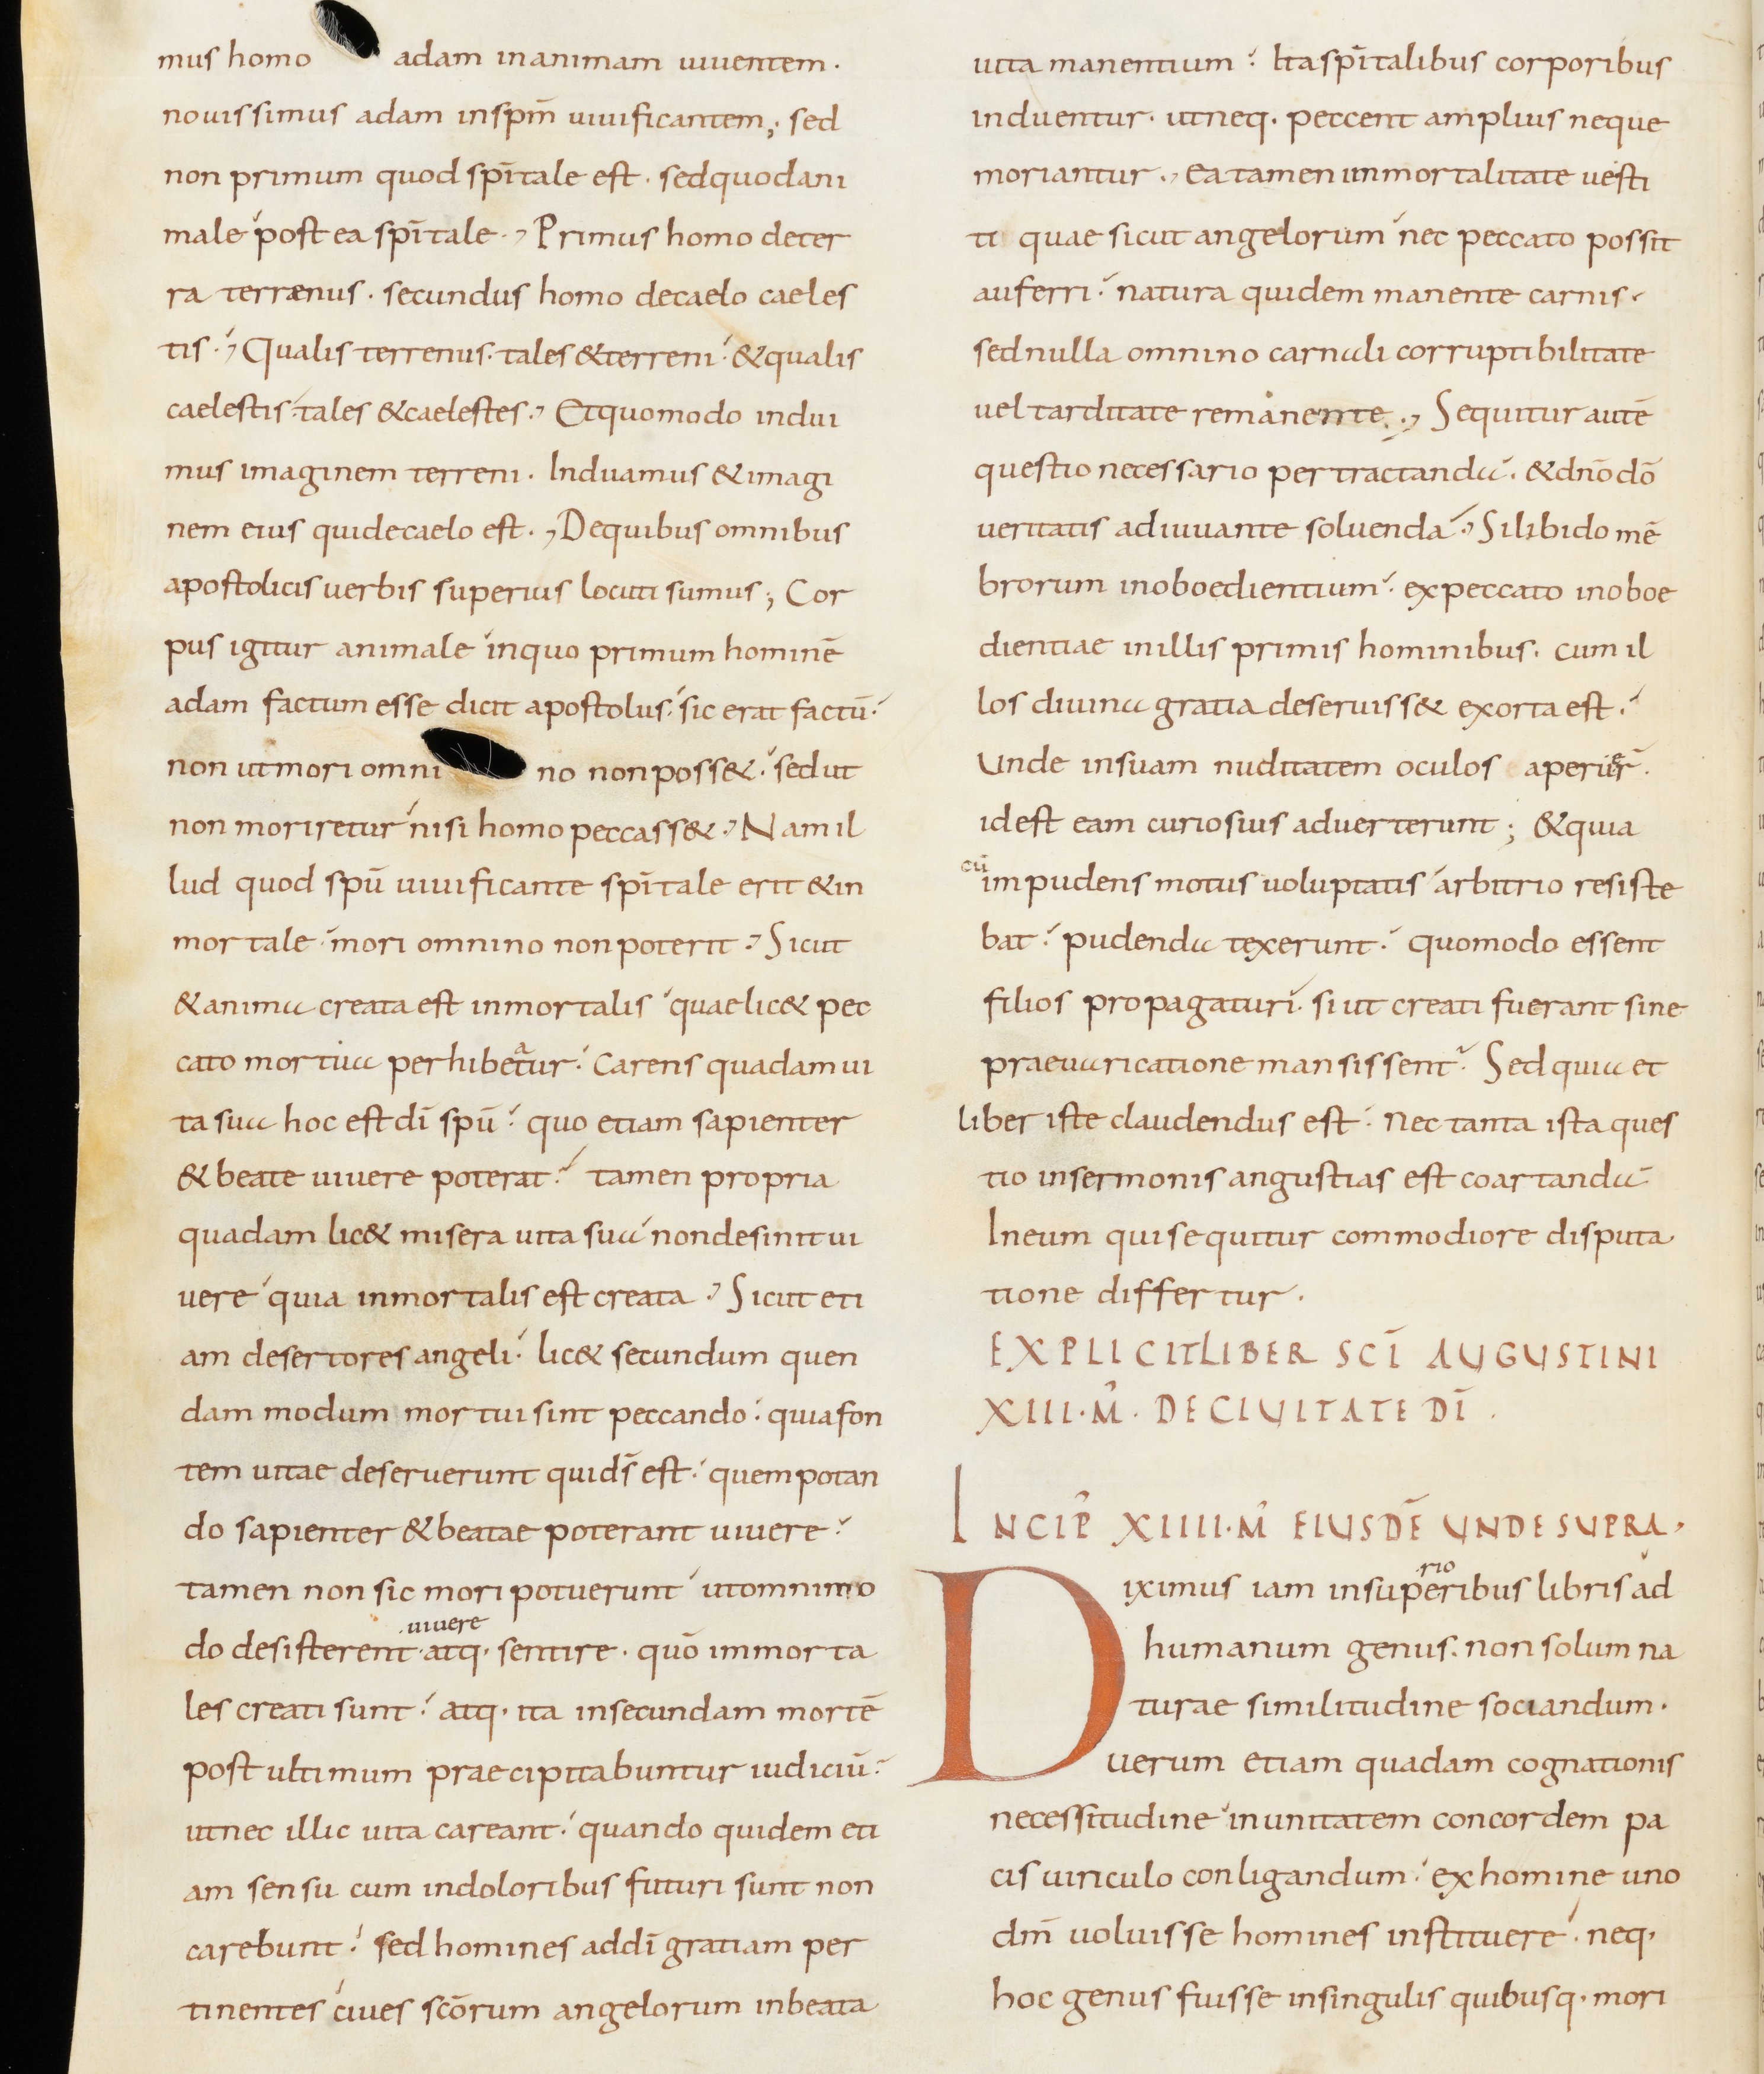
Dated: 800–899